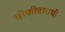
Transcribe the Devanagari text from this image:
चौकीदाराची